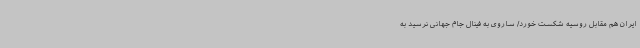
ایران هم مقابل روسیه شکست خورد/ ساروی به فینال جام جهانی نرسید به